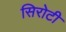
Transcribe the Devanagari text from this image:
सिरोटी